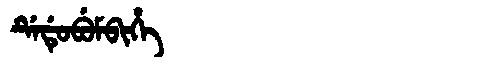
Manchu: ᡩᡝᡩᡠᠪᡠᠮᠪᡳᡥᡝ
Romanization: DEDUBUMBIHE